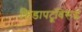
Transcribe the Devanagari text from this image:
क्रिडापटूंविरूद्ध